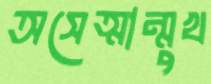
অসেত্মান্মুখ